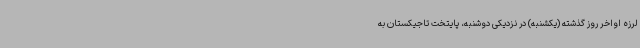
لرزه اواخر روز گذشته (یکشنبه) در نزدیکی دوشنبه، پایتخت تاجیکستان به